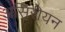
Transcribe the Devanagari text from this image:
असिरीयन